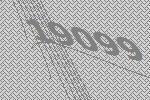
19099